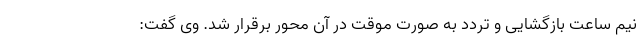
نیم ساعت بازگشایی و تردد به صورت موقت در آن محور برقرار شد. وی گفت: